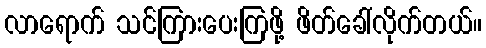
လာရောက် သင်ကြားပေးကြဖို့ ဖိတ်ခေါ်လိုက်တယ်။